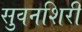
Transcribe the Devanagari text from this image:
सुवनशिरी